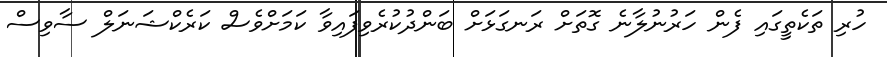
ހުރި ތަކެތީގައި ފެން ހަރުނުލާނެ ގޮތަށް ރަނގަޅަށް ބަންދުކުރެވިފައިވާ ކަމަށްވެސް ކަރެކްޝަނަލް ސާވިސް